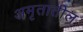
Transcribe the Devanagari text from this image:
अमृतातील